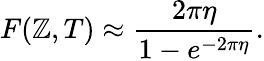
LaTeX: F(\mathbb{Z},T)\approx{\frac{{2\pi\eta}}{{1-e^{-2\pi\eta}}}}.